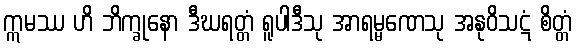
ဣမဿ ဟိ ဘိက္ခုနော ဒီဃရတ္တံ ရူပါဒီသု အာရမ္မဏေသု အနုဝိသဋံ စိတ္တံ